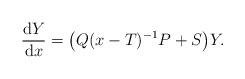
LaTeX: \begin{align*}\frac{{\rm d}Y}{{\rm d}x}=\big(Q(x-T)^{-1}P+S\big)Y.\end{align*}